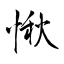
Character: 愀